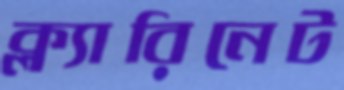
ক্ল্যারিনেট